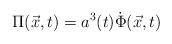
LaTeX: \begin{align*}\Pi(\vec{x},t) = a^3(t)\dot{\Phi}(\vec{x},t) \end{align*}